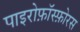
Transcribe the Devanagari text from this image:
पाइरोफ़ॉस्फ़ोरस